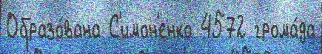
Образо́вана С'имон'енко 4572 грома́да